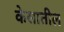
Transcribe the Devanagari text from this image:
केसातील